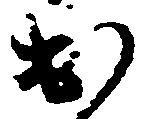
出